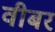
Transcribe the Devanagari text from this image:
वीबर